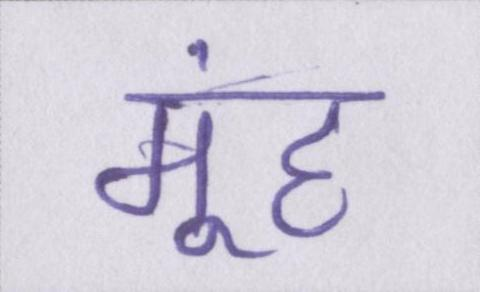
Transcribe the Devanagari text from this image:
मूंह